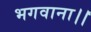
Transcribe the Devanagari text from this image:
भगवाना।।